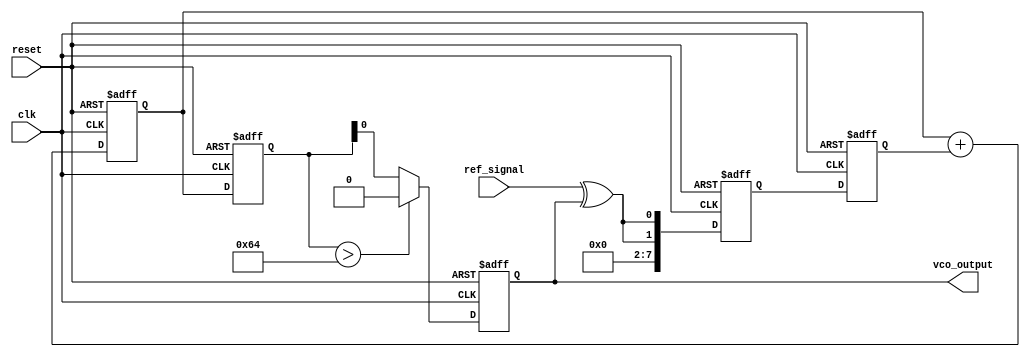
module MemoryBlocksDiscreteTimePLL (
    input wire clk,             // System clock
    input wire reset,           // Asynchronous reset
    input wire ref_signal,      // Reference signal input
    output reg vco_output       // Output of the VCO
);

// Parameters
parameter N = 8;               // Number of bits for phase error
parameter LPF_ORDER = 4;       // Order of the low pass filter
parameter VCO_MAX_FREQ = 100;  // Max frequency of VCO

// Internal signals
reg [N-1:0] phase_error;       // Phase error signal from PD
reg [N-1:0] lpf_output;         // Output of the Low Pass Filter
reg [N-1:0] vco_control;        // Control voltage for VCO
reg [N-1:0] memory[LPF_ORDER-1:0]; // Memory blocks for LPF

// Phase Detector (PD)
always @(posedge clk or posedge reset) begin
    if (reset) begin
        phase_error <= 0;
    end else begin
        // Simple XOR phase detector
        phase_error <= {ref_signal ^ vco_output, ref_signal ^ vco_output}; // Example phase error calculation
    end
end

// Low Pass Filter (LPF)
integer i;
always @(posedge clk or posedge reset) begin
    if (reset) begin
        lpf_output <= 0;
        for (i = 0; i < LPF_ORDER; i = i + 1) begin
            memory[i] <= 0;
        end
    end else begin
        // Shift memory and apply LPF coefficients (simple example)
        lpf_output <= 0;
        for (i = LPF_ORDER-1; i > 0; i = i - 1) begin
            memory[i] <= memory[i-1];
            lpf_output <= lpf_output + memory[i];
        end
        memory[0] <= phase_error; // Store current phase error
        lpf_output <= lpf_output + memory[0]; // Add current to output
    end
end

// Voltage-Controlled Oscillator (VCO)
always @(posedge clk or posedge reset) begin
    if (reset) begin
        vco_output <= 0;
        vco_control <= 0;
    end else begin
        // Simple VCO model - output frequency based on control voltage
        vco_control <= lpf_output; // Control voltage from LPF
        vco_output <= (vco_control > VCO_MAX_FREQ) ? VCO_MAX_FREQ : vco_control; // Limit VCO output
    end
end

endmodule